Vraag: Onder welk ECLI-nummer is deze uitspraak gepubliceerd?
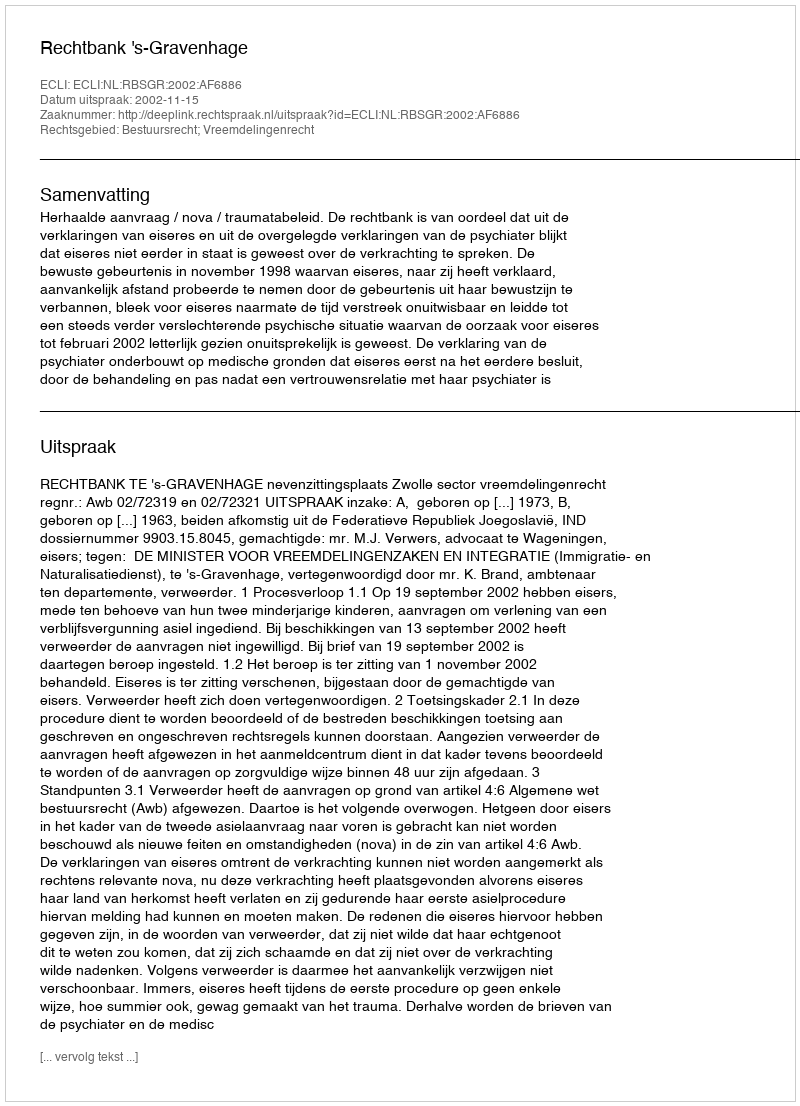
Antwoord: ECLI:NL:RBSGR:2002:AF6886